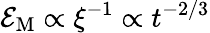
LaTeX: {\cal E}_{\mathrm{M}}\propto\xi^{-1}\propto t^{-2/3}